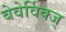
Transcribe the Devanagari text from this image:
बेवेर्विक्ज्